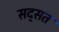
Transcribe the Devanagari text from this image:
सद्सत